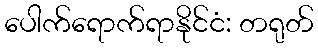
ပေါက်ရောက်ရာနိုင်ငံ: တရုတ်